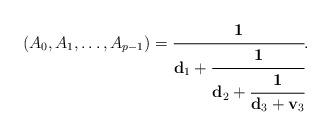
LaTeX: \begin{align*}(A_{0},A_{1},\ldots,A_{p-1})=\cfrac{\mathbf{1}}{\mathbf{d}_1+\cfrac{\mathbf{1}}{\mathbf{d}_2+\cfrac{\mathbf{1}}{\mathbf{d}_3+\mathbf{v}_3}}}.\end{align*}